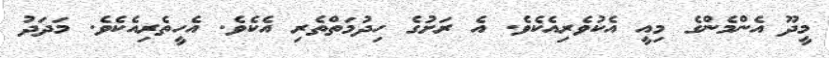
މީދޫ އެންމެންގެ މިއީ އެކުވެރިއެކެވެ. އެ ރަށުގެ ހިދުމަތްތެރި އެކެވެ. އެހީތެރިއެކެވެ. މަދަދު